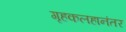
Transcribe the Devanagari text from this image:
गृहकलहानंतर